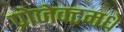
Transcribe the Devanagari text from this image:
प्रोजेक्टमधे